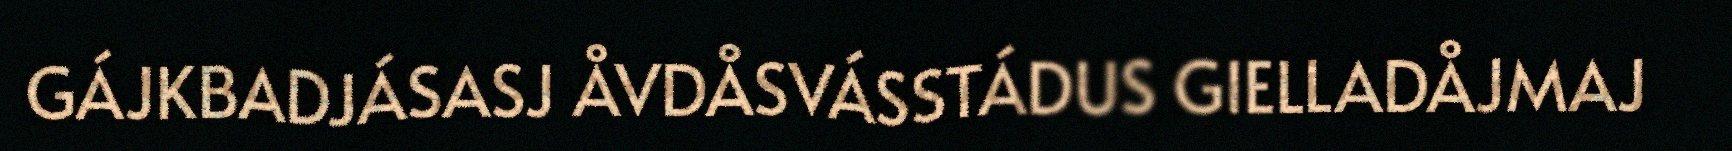
GÁJKBADJÁSASJ ÅVDÅSVÁSSTÁDUS GIELLADÅJMAJ